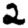
Digit: 2